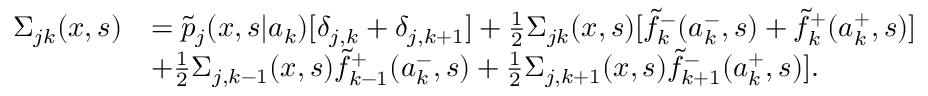
\begin{array} { r l } { \Sigma _ { j k } ( x , s ) } & { = \widetilde { p } _ { j } ( x , s | a _ { k } ) [ \delta _ { j , k } + \delta _ { j , k + 1 } ] + \frac { 1 } { 2 } \Sigma _ { j k } ( x , s ) [ \widetilde { f } _ { k } ^ { - } ( a _ { k } ^ { - } , s ) + \widetilde { f } _ { k } ^ { + } ( a _ { k } ^ { + } , s ) ] } \\ & { + \frac { 1 } { 2 } \Sigma _ { j , k - 1 } ( x , s ) \widetilde { f } _ { k - 1 } ^ { + } ( a _ { k } ^ { - } , s ) + \frac { 1 } { 2 } \Sigma _ { j , k + 1 } ( x , s ) \widetilde { f } _ { k + 1 } ^ { - } ( a _ { k } ^ { + } , s ) ] . } \end{array}